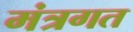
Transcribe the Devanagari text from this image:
मंत्रगत